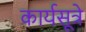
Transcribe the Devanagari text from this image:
कार्यसूत्रे